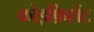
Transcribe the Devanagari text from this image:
कोइफ़िशेंट